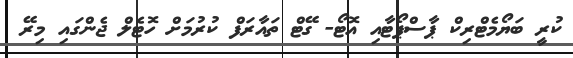
ކުރީ ބަޔޯމެޓްރިކް ޕާސްޕޯޓާއި އޮޓޯ- ގޭޓް ތައާރަފް ކުރުމަށް ހޮޓެލް ޖެންގައި މިރޭ